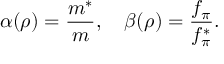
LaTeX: \alpha ( \rho ) = \frac { m ^ { * } } { m } , \quad \beta ( \rho ) = \frac { f _ { \pi } } { f _ { \pi } ^ { * } } .